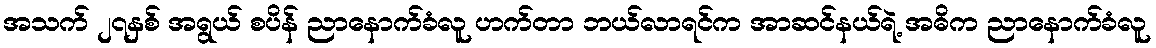
အသက် ၂၇နှစ် အရွယ် စပိန် ညာနောက်ခံလူ ဟက်တာ ဘယ်လာရင်က အာဆင်နယ်ရဲ့ အဓိက ညာနောက်ခံလူ